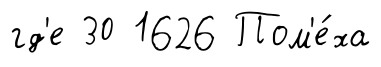
гд'е 30 1626 Пом'е́ха